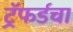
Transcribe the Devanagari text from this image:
ट्रॅफर्डचा